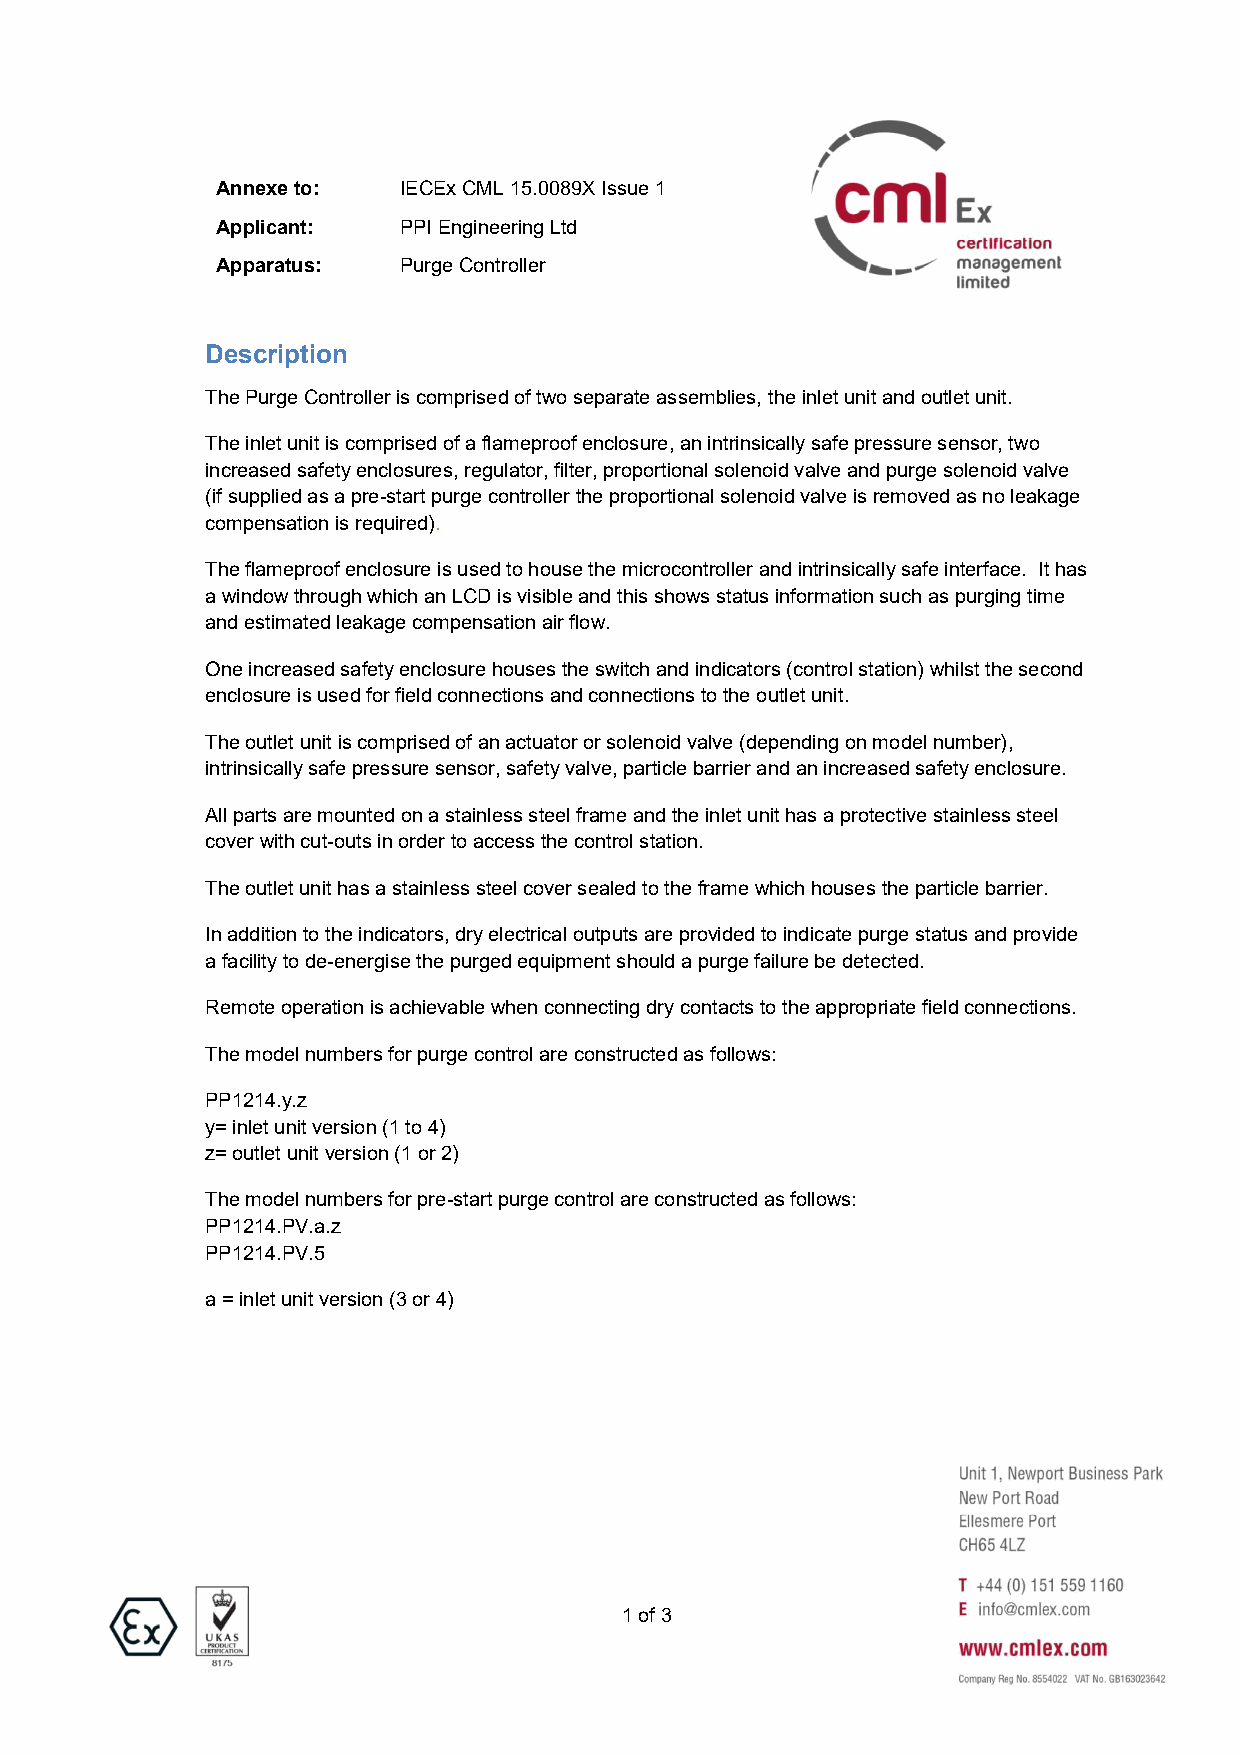
Annexe to:  IECEx CML 15.0089X Issue 1
 Applicant:  PPI Engineering Ltd
 Apparatus:  Purge Controller
 Description
 The Purge Controller is comprised of two separate assemblies, the inlet unit and outlet unit.
 The inlet unit is comprised of a flameproof enclosure, an intrinsically safe pressure sensor, two
 increased safety enclosures, regulator, filter, proportional solenoid valve and purge solenoid valve
 (if supplied as a pre-start purge controller the proportional solenoid valve is removed as no leakage
 compensation is required).
 The flameproof enclosure is used to house the microcontroller and intrinsically safe interface. It has
 a window through which an LCD is visible and this shows status information such as purging time
 and estimated leakage compensation air flow.
 One increased safety enclosure houses the switch and indicators (control station) whilst the second
 enclosure is used for field connections and connections to the outlet unit.
 The outlet unit is comprised of an actuator or solenoid valve (depending on model number),
 intrinsically safe pressure sensor, safety valve, particle barrier and an increased safety enclosure.
 All parts are mounted on a stainless steel frame and the inlet unit has a protective stainless steel
 cover with cut-outs in order to access the control station.
 The outlet unit has a stainless steel cover sealed to the frame which houses the particle barrier.
 In addition to the indicators, dry electrical outputs are provided to indicate purge status and provide
 a facility to de-energise the purged equipment should a purge failure be detected.
 Remote operation is achievable when connecting dry contacts to the appropriate field connections.
 The model numbers for purge control are constructed as follows:
 PP1214.y.z
 y= inlet unit version (1 to 4)
 z= outlet unit version (1 or 2)
 The model numbers for pre-start purge control are constructed as follows:
 PP1214.PV.a.z
 PP1214.PV.5
 a = inlet unit version (3 or 4)
 1 of 3